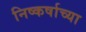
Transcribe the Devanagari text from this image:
निष्कर्षाच्या